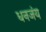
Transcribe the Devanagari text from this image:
धनजंय